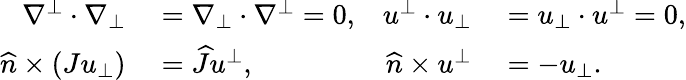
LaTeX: \begin{array}{rlrl}{\nabla^{\bot}\cdot\nabla_{\bot}}&{{}=\nabla_{\bot}\cdot\nabla^{\bot}=0,}&{u^{\bot}\cdot u_{\bot}}&{{}=u_{\bot}\cdot u^{\bot}=0,}\\ {\widehat{n}\times(Ju_{\bot})}&{{}=\widehat{J}u^{\bot},}&{\widehat{n}\times u^{\bot}}&{{}=-u_{\bot}.}\end{array}